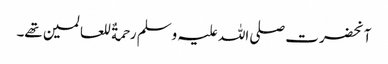
آنحضرت صلی اللہ علیہ وسلم رحمةٌ للعالمین تھے۔